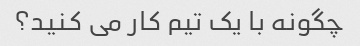
چگونه با یک تیم کار می کنید؟